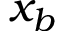
x _ { b }